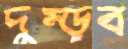
দুম্‌ড়ব